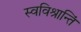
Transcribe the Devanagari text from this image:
स्वविश्रान्तिं